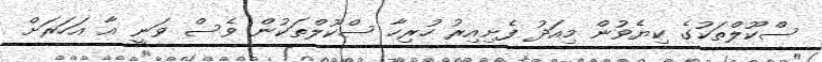
ސްކޫލްތަކުގެ ކިޔެވުން މިއަދު ފެށިއިރު ހުރިހާ ސްކޫލްތަކުން ވެސް ވަނީ އާ އަހަރަށް